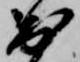
出